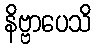
နိဗ္ဗာပေသိ